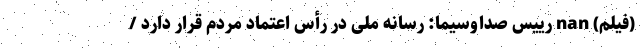
(فیلم) nan رییس صداوسیما: رسانه ملی در رأس اعتماد مردم قرار دارد /